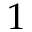
1